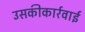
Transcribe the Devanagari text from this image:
उसकीकार्रवाई